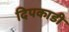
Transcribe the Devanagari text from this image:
दिपकाडी